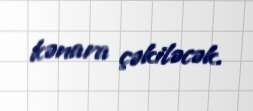
kənara çəkiləcək.